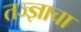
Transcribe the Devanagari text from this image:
तज्‍ज्ञाचा